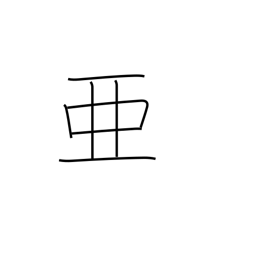
Meaning: come after